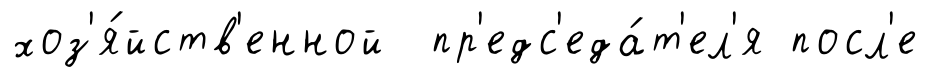
хоз'я́йств'енной пр'едс'еда́т'ел'я посл'е